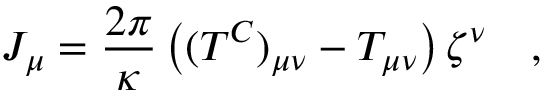
J _ { \mu } = { \frac { 2 \pi } { \kappa } } \left( ( T ^ { C } ) _ { \mu \nu } - T _ { \mu \nu } \right) \zeta ^ { \nu } ~ ~ ~ ,